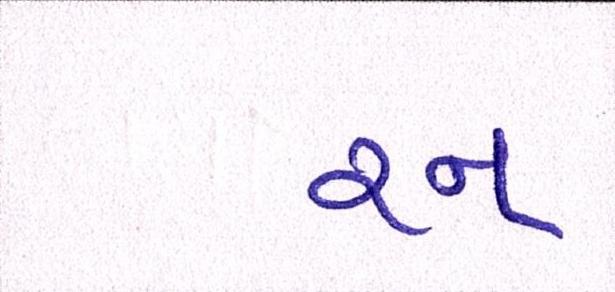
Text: રન